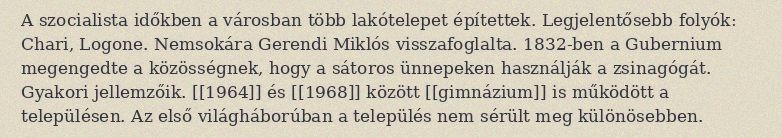
A szocialista időkben a városban több lakótelepet építettek. Legjelentősebb folyók: Chari, Logone. Nemsokára Gerendi Miklós visszafoglalta. 1832-ben a Gubernium megengedte a közösségnek, hogy a sátoros ünnepeken használják a zsinagógát. Gyakori jellemzőik. [[1964]] és [[1968]] között [[gimnázium]] is működött a településen. Az első világháborúban a település nem sérült meg különösebben.